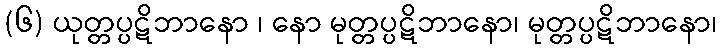
(၆) ယုတ္တပ္ပဋိဘာနော ၊ နော မုတ္တပ္ပဋိဘာနော၊ မုတ္တပ္ပဋိဘာနော၊